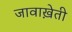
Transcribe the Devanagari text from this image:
जावाख़ेती